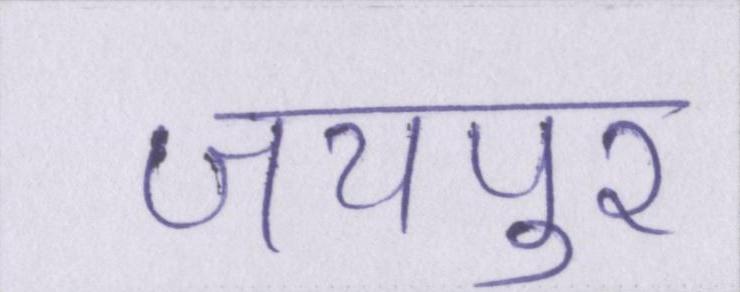
जयपुर